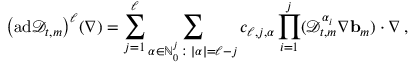
\bigl ( \mathrm { a d } \mathscr { D } _ { t , m } \bigr ) ^ { \ell } ( \nabla ) = \sum _ { j = 1 } ^ { \ell } \sum _ { { \boldsymbol { \alpha } } \in \ensuremath { \mathbb { N } } _ { 0 } ^ { j } \colon | { \boldsymbol { \alpha } } | = \ell - j } c _ { \ell , j , { \boldsymbol { \alpha } } } \prod _ { i = 1 } ^ { j } ( \mathscr { D } _ { t , m } ^ { { \boldsymbol { \alpha } } _ { i } } \nabla \ensuremath { \mathbf { b } } _ { m } ) \cdot \nabla \, ,